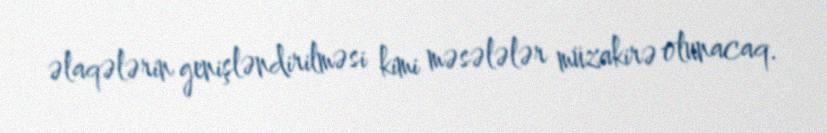
əlaqələrin genişləndirilməsi kimi məsələlər müzakirə olunacaq.